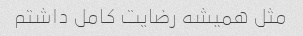
مثل همیشه رضایت کامل داشتم